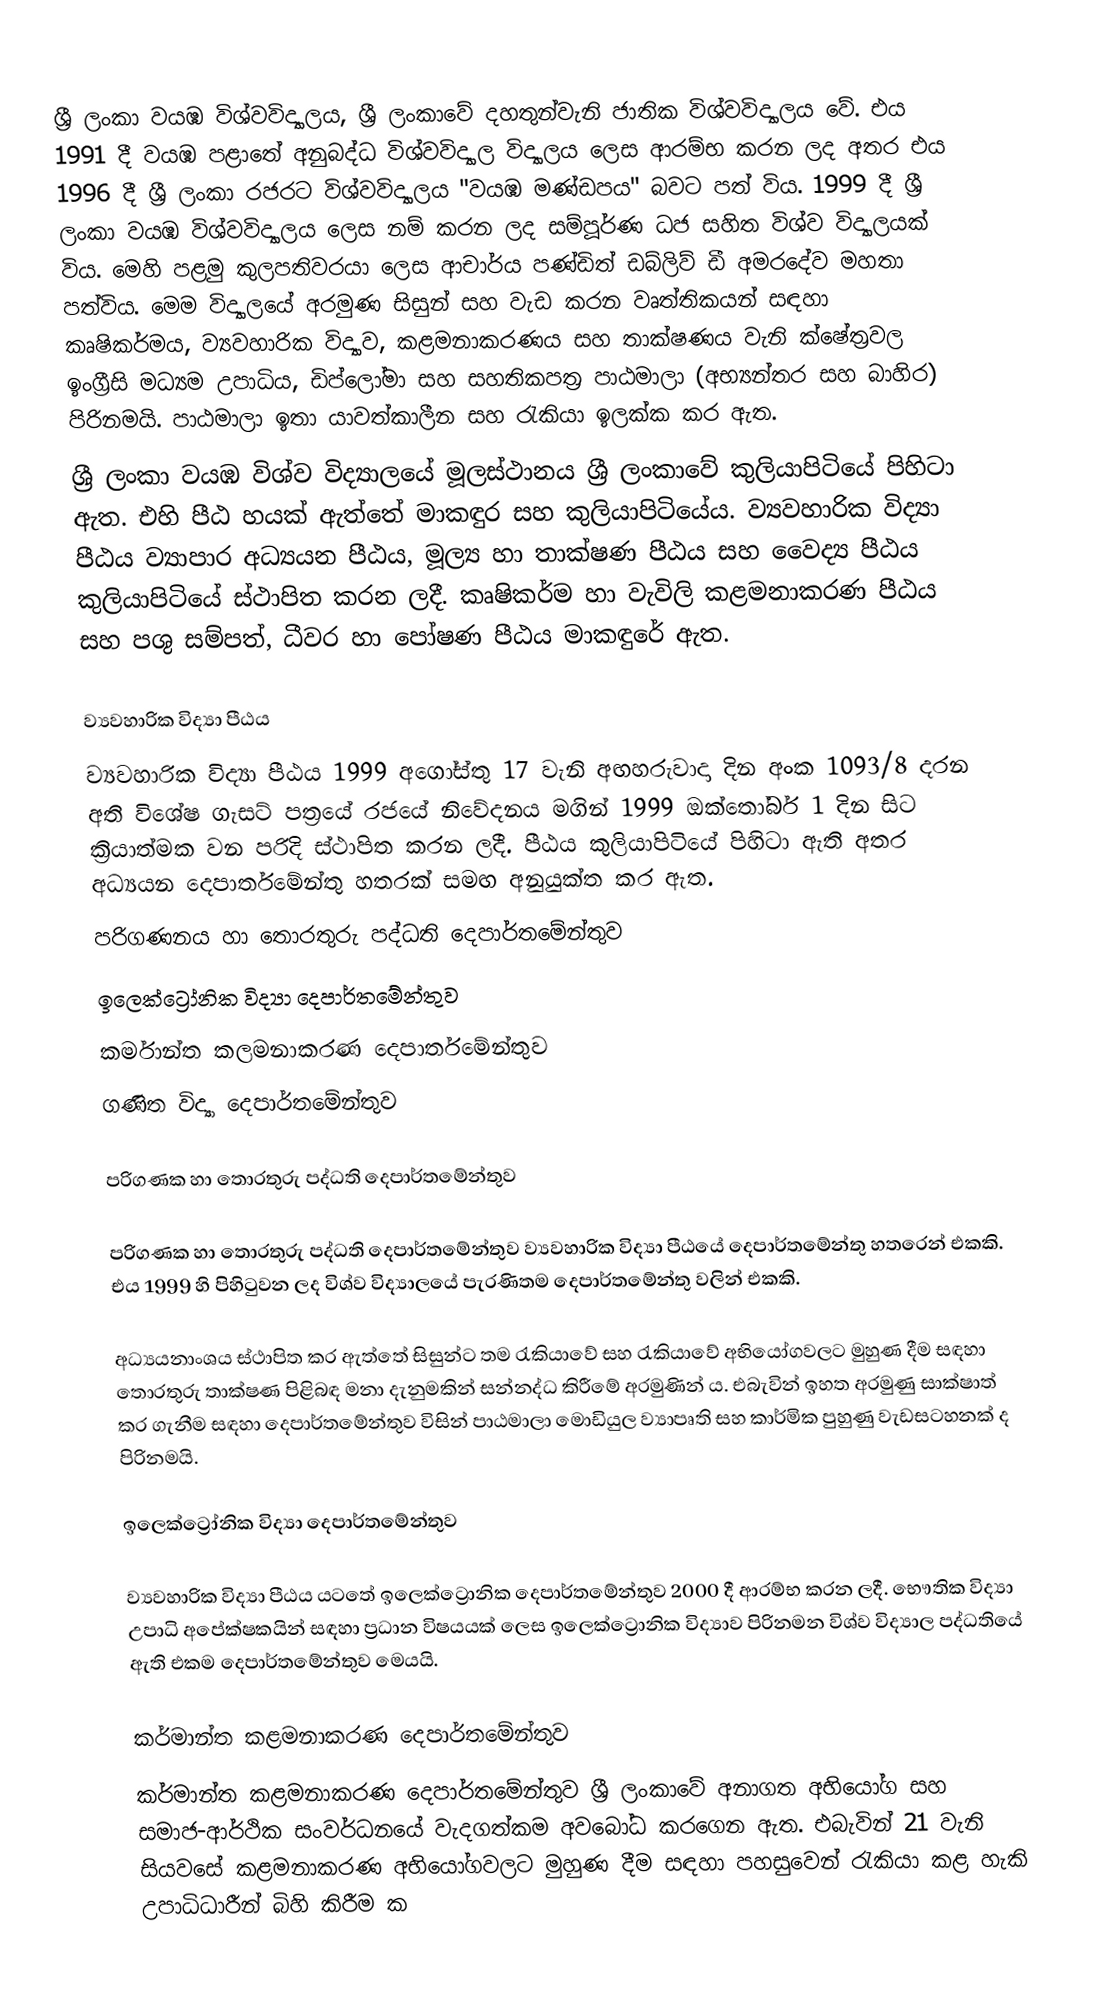
ශ්‍රී ලංකා වයඹ විශ්වවිද්‍යාලය, ශ්‍රී ලංකාවේ දහතුන්වැනි ජාතික විශ්වවිද්‍යාලය වේ.  එය 1991 දී වයඹ පළාතේ අනුබද්ධ විශ්වවිද්‍යාල විද්‍යාලය ලෙස ආරම්භ කරන ලද අතර එය 1996 දී ශ්‍රී ලංකා රජරට විශ්වවිද්‍යාලය "වයඹ මණ්ඩපය" බවට පත් විය. 1999 දී ශ්‍රී ලංකා වයඹ විශ්වවිද්‍යාලය ලෙස නම් කරන ලද සම්පූර්ණ ධජ සහිත විශ්ව විද්‍යාලයක් විය.  මෙහි පළමු කුලපතිවරයා ලෙස ආචාර්ය පණ්ඩිත් ඩබ්ලිව් ඩී අමරදේව මහතා පත්විය. මෙම   විද්‍යාලයේ අරමුණ සිසුන් සහ වැඩ කරන වෘත්තිකයන් සඳහා කෘෂිකර්මය, ව්‍යවහාරික විද්‍යාව, කළමනාකරණය සහ තාක්ෂණය වැනි ක්ෂේත්‍රවල ඉංග්‍රීසි මධ්‍යම උපාධිය, ඩිප්ලෝමා සහ සහතිකපත්‍ර පාඨමාලා (අභ්‍යන්තර සහ බාහිර) පිරිනමයි.  පාඨමාලා ඉතා යාවත්කාලීන සහ රැකියා ඉලක්ක කර ඇත.
ශ්‍රී ලංකා වයඹ විශ්ව විද්‍යාලයේ මූලස්ථානය ශ්‍රී ලංකාවේ කුලියාපිටියේ පිහිටා ඇත.  එහි පීඨ හයක් ඇත්තේ මාකඳුර සහ කුලියාපිටියේය.  ව්‍යවහාරික විද්‍යා පීඨය ව්‍යාපාර අධ්‍යයන පීඨය, මූල්‍ය හා තාක්ෂණ පීඨය සහ වෛද්‍ය පීඨය කුලියාපිටියේ ස්ථාපිත කරන ලදී.  කෘෂිකර්ම හා වැවිලි කළමනාකරණ පීඨය සහ පශු සම්පත්, ධීවර හා පෝෂණ පීඨය මාකඳුරේ ඇත.

ව්‍යවහාරික විද්‍යා පීඨය
ව්‍යවහාරික විද්‍යා පීඨය 1999 අගෝස්තු 17 වැනි අඟහරුවාදා දින අංක 1093/8 දරන අති විශේෂ ගැසට් පත්‍රයේ රජයේ නිවේදනය මගින් 1999 ඔක්තෝබර් 1 දින සිට ක්‍රියාත්මක වන පරිදි ස්ථාපිත කරන ලදී. පීඨය කුලියාපිටියේ පිහිටා ඇති අතර අධ්‍යයන දෙපාර්තමේන්තු හතරක් සමඟ අනුයුක්ත කර ඇත.
 පරිගණනය හා තොරතුරු පද්ධති දෙපාර්තමේන්තුව
 ඉලෙක්ට්‍රෝනික විද්‍යා දෙපාර්තමේන්තුව
 කර්මාන්ත කලමනාකරණ දෙපාර්තමේන්තුව
 ගණිත විද්‍යා දෙපාර්තමේන්තුව

පරිගණක හා තොරතුරු පද්ධති දෙපාර්තමේන්තුව

පරිගණක හා තොරතුරු පද්ධති දෙපාර්තමේන්තුව ව්‍යවහාරික විද්‍යා පීඨයේ දෙපාර්තමේන්තු හතරෙන් එකකි.  එය 1999 හි පිහිටුවන ලද විශ්ව විද්‍යාලයේ පැරණිතම දෙපාර්තමේන්තු වලින් එකකි.

අධ්‍යයනාංශය ස්ථාපිත කර ඇත්තේ සිසුන්ට තම රැකියාවේ සහ රැකියාවේ අභියෝගවලට මුහුණ දීම සඳහා තොරතුරු තාක්ෂණ පිළිබඳ මනා දැනුමකින් සන්නද්ධ කිරීමේ අරමුණින් ය.  එබැවින් ඉහත අරමුණු සාක්ෂාත් කර ගැනීම සඳහා දෙපාර්තමේන්තුව විසින් පාඨමාලා මොඩියුල ව්‍යාපෘති සහ කාර්මික පුහුණු වැඩසටහනක් ද පිරිනමයි.

ඉලෙක්ට්‍රෝනික විද්‍යා දෙපාර්තමේන්තුව

ව්‍යවහාරික විද්‍යා පීඨය යටතේ ඉලෙක්ට්‍රොනික දෙපාර්තමේන්තුව 2000 දී ආරම්භ කරන ලදී.  භෞතික විද්‍යා උපාධි අපේක්ෂකයින් සඳහා ප්‍රධාන විෂයයක් ලෙස ඉලෙක්ට්‍රොනික විද්‍යාව පිරිනමන විශ්ව විද්‍යාල පද්ධතියේ ඇති එකම දෙපාර්තමේන්තුව මෙයයි.

කර්මාන්ත කළමනාකරණ දෙපාර්තමේන්තුව
කර්මාන්ත කළමනාකරණ දෙපාර්තමේන්තුව ශ්‍රී ලංකාවේ අනාගත අභියෝග සහ සමාජ-ආර්ථික සංවර්ධනයේ වැදගත්කම අවබෝධ කරගෙන ඇත.  එබැවින් 21 වැනි සියවසේ කළමනාකරණ අභියෝගවලට මුහුණ දීම සඳහා පහසුවෙන් රැකියා කළ හැකි උපාධිධාරීන් බිහි කිරීම ක